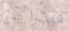
فبراير